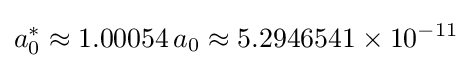
a_{0}^{*}\approx 1.00054\,a_{0}\approx 5.2946541\times 10^{-11}